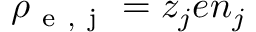
\rho _ { \mathrm { ~ e ~ , ~ j ~ } } = z _ { j } e n _ { j }